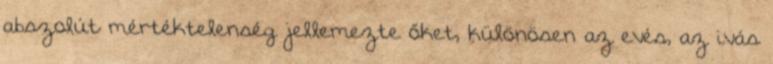
abszolút mértéktelenség jellemezte őket, különösen az evés, az ivás